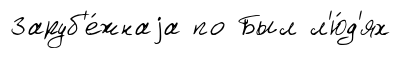
Заруб'е́жнаjа по Был л'ю́д'ях